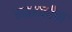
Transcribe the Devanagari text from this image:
नवरात्रीचा